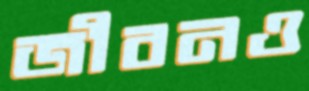
জীবনও